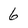
Character: 6